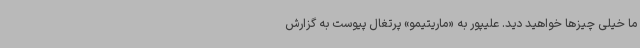
ما خیلی چیزها خواهید دید. علیپور به «ماریتیمو» پرتغال پیوست به گزارش